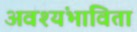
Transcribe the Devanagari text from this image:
अवश्यंभाविता